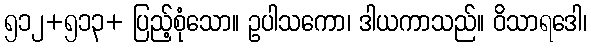
၅၁၂+၅၁၃+ ပြည့်စုံသော။ ဥပါသကော၊ ဒါယကာသည်။ ဝိသာရဒေါ၊